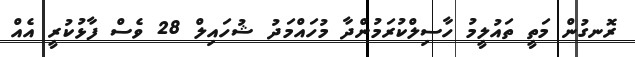
ރޮނގުން މަތީ ތައުލީމު ހާސިލްކުރަމުންދާ މުހައްމަދު ޝުހައިލް 28 ވެސް ފާޅުކުރީ އެއް